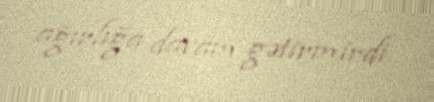
ağırlığa davam gətirmirdi.